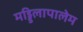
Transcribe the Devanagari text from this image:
मड्डिलापालेम